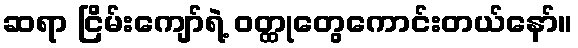
ဆရာ ငြိမ်းကျော်ရဲ့ ဝတ္ထုတွေကောင်းတယ်နော်။